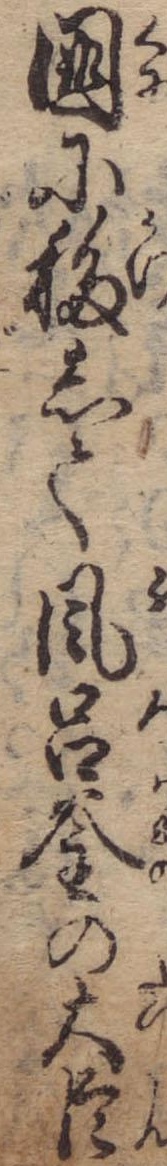
国に移して風呂釜の大臣